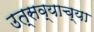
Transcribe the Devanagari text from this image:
उत्सव्याच्या